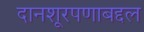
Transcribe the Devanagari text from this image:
दानशूरपणाबद्दल